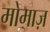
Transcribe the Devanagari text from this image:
मोमाज़